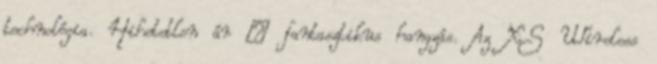
technológia. Hihetetlen ár – fantasztikus hangzás. Az XS Wireless